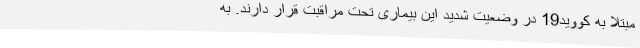
مبتلا به کووید19 در وضعیت شدید این بیماری تحت مراقبت قرار دارند. به